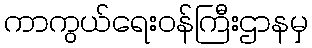
ကာကွယ်ရေးဝန်ကြီးဌာနမှ